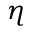
\eta